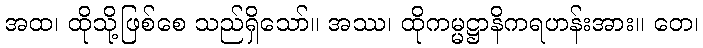
အထ၊ ထိုသို့ဖြစ်စေ သည်ရှိသော်။ အဿ၊ ထိုကမ္မဋ္ဌာနိကရဟန်းအား။ တေ၊